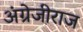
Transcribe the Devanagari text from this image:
अंग्रेजीराज